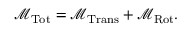
{ \mathcal { M } } _ { \mathrm { T o t } } = { \mathcal { M } } _ { \mathrm { T r a n s } } + { \mathcal { M } } _ { \mathrm { R o t } } .